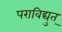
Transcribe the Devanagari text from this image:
पराविद्युत्